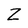
Character: Z